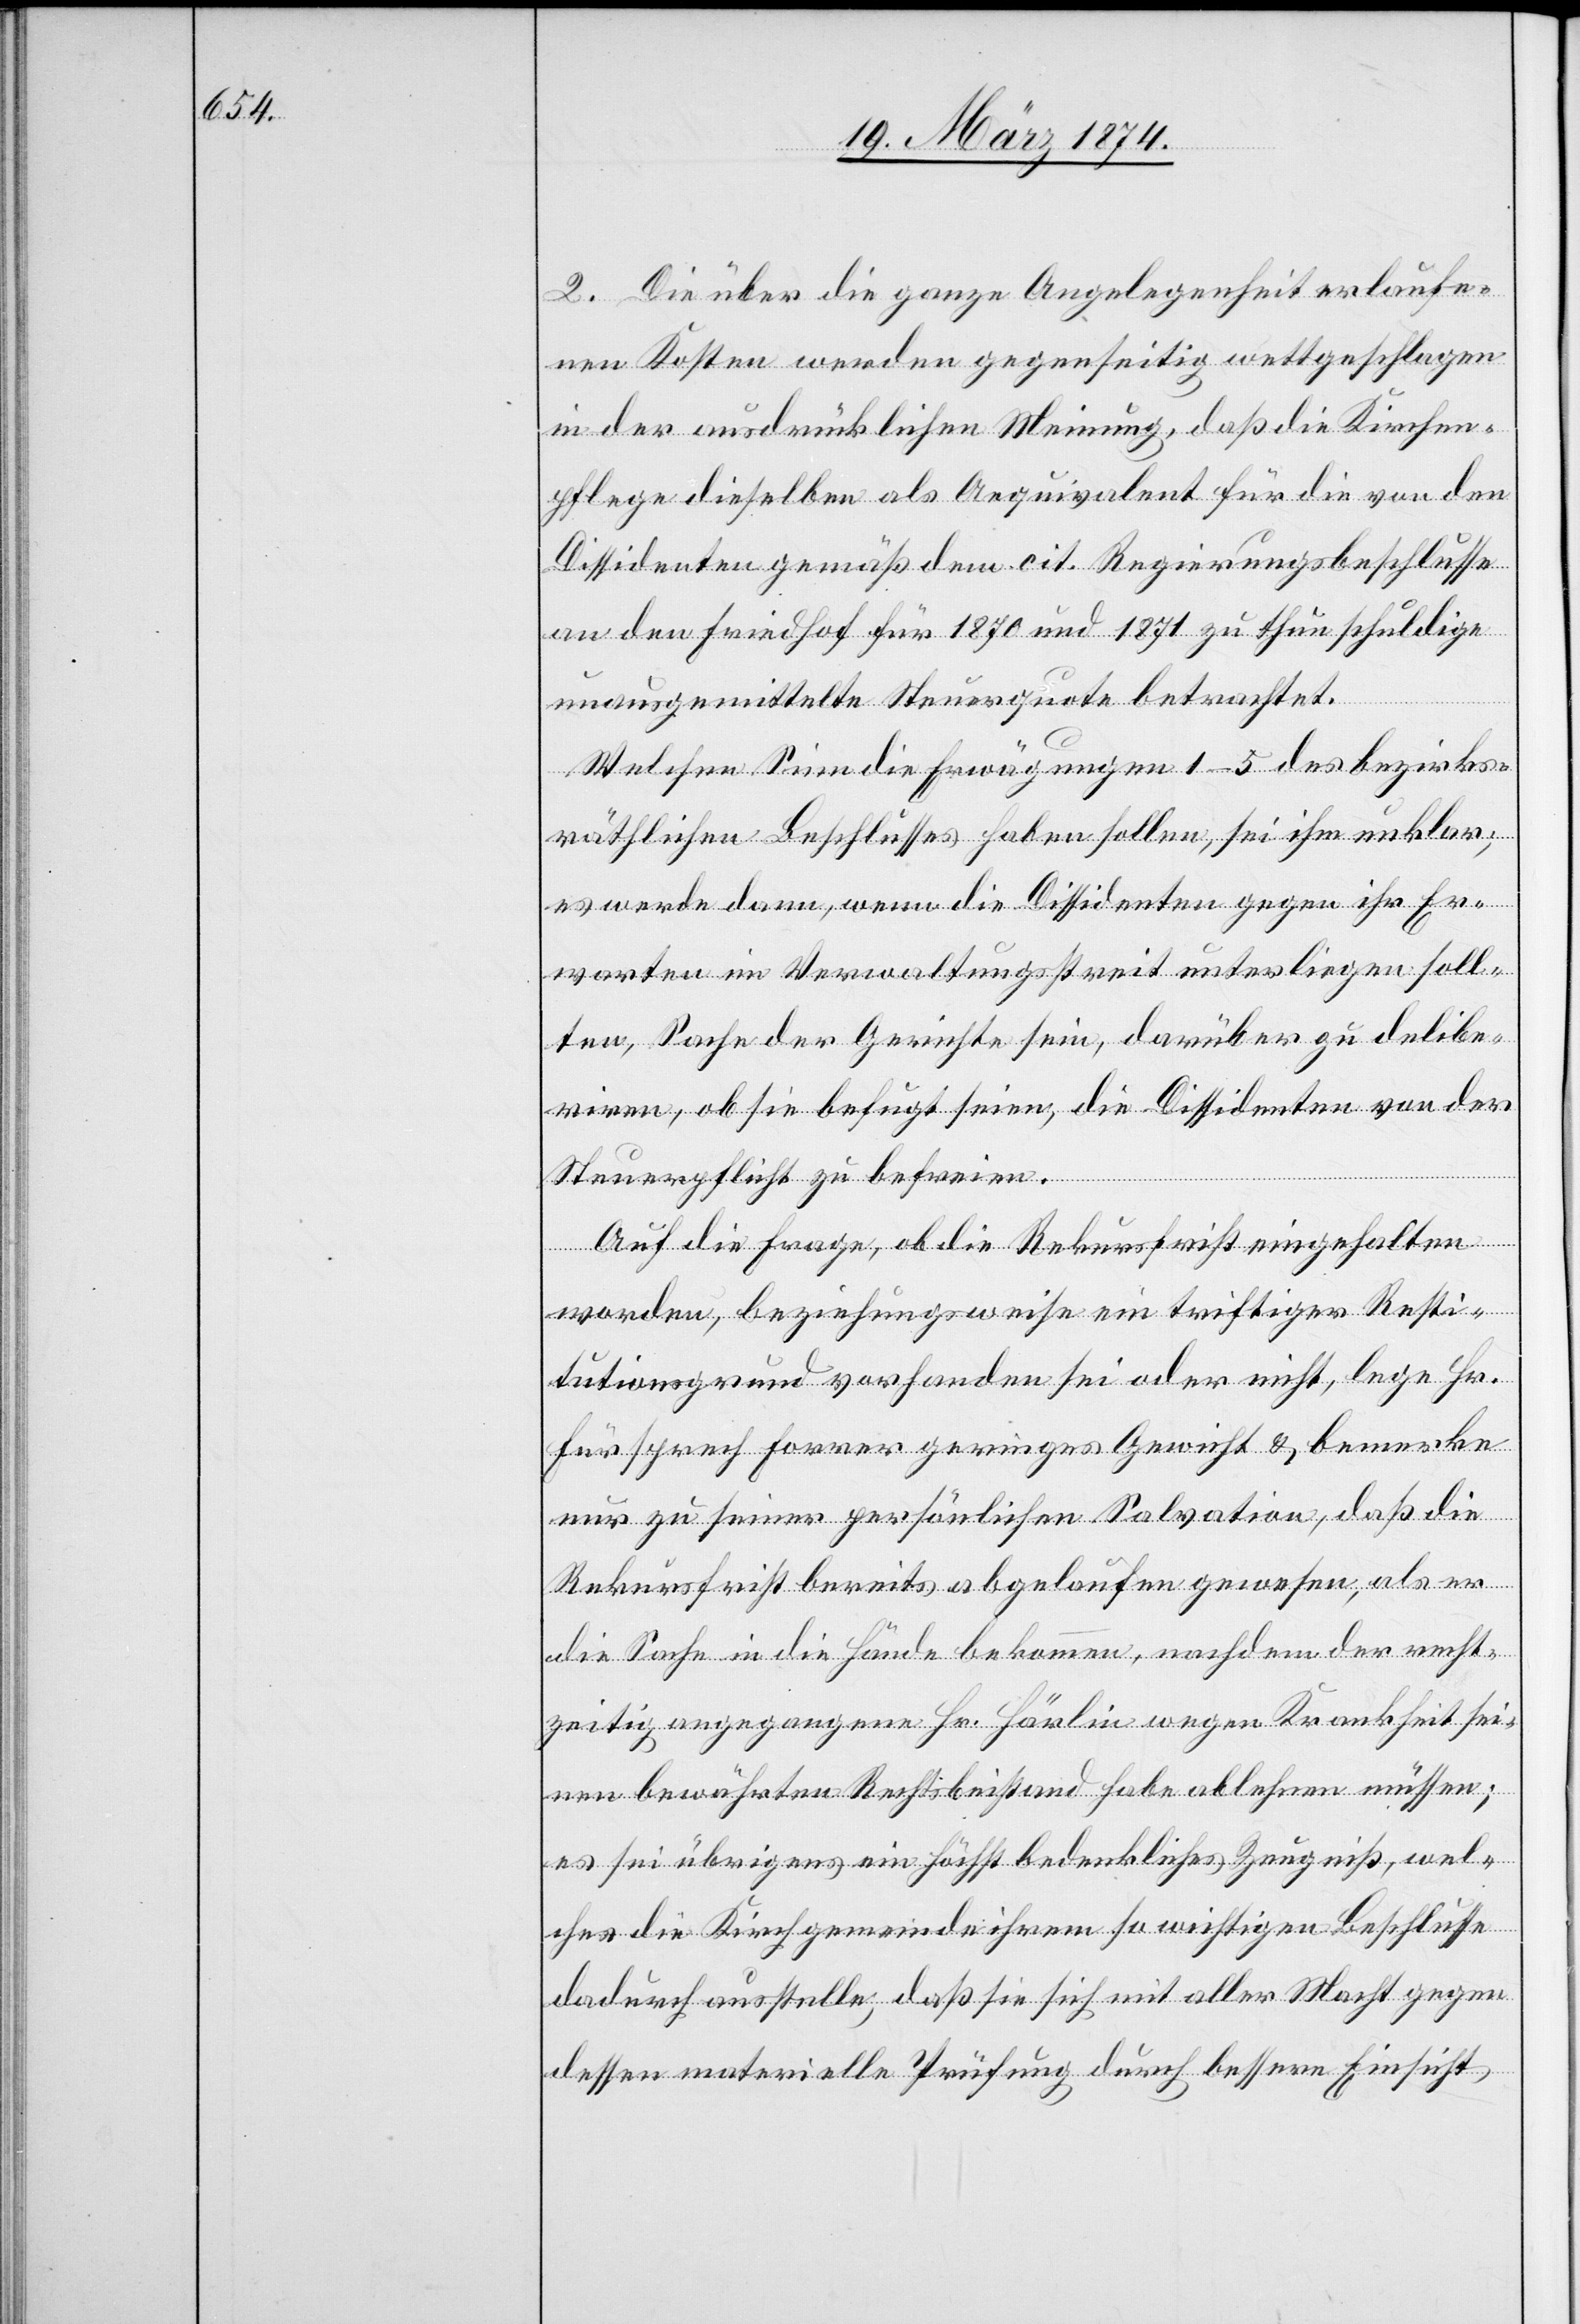
2. Die über die ganze Angelegenheit verlaufe¬
nen Kosten werden gegenseitig wettgeschlagen
in der ausdrücklichen Meinung, daß die Kirchen¬
pflege dieselben als Aequivalent für die von den
Dissidenten gemäß dem cit. Regierungsbeschlusse
an den Friedhof für 1870 und 1871 zu thun schuldige
unausgemittelte Steuerquote betrachtet.
Welchen Sinn die Erwägungen 1–5 des bezirks¬
räthlichen Beschlusses haben sollen, sei ihm unklar;
es werde dann, wenn die Dissidenten gegen ihr Er¬
warten im Verwaltungsstreit unterliegen soll¬
ten, Sache der Gerichte sein, darüber zu delibe¬
riren, ob sie befugt seien, die Dissidenten von der
Steuerpflicht zu befreien.
Auf die Frage, ob die Rekursfrist eingehalten
worden, beziehungsweise ein triftiger Resti¬
tutionsgrund vorhanden sei oder nicht, lege Hr.
Fürsprech Forrer geringes Gewicht u. bemerke
nur zu seiner persönlichen Salvation, daß die
Rekursfrist bereits abgelaufen gewesen, als er
die Sache in die Hände bekommen, nachdem der recht¬
zeitig angegangene Hr. Härlin wegen Krankheit sei¬
nen bewährten Rechtsbeistand habe ablehnen müssen;
es sei übrigens ein höchst bedenkliches Zeugniß, wel¬
ches die Kirchgemeinde ihrem so wichtigen Beschlusse
dadurch ausstelle, daß sie sich mit aller Macht gegen
dessen materielle Prüfung durch bessere Einsicht